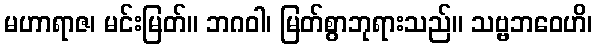
မဟာရာဇ၊ မင်းမြတ်။ ဘဂဝါ၊ မြတ်စွာဘုရားသည်။ သဗ္ဗဘဝေဟိ၊